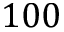
1 0 0